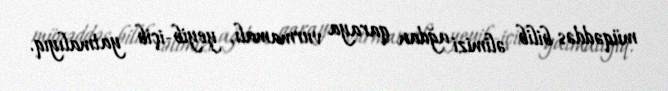
müqəddəs bilib əlimizi ağdan qaraya vurmamalı, yeyib-içib yatmalıyıq.